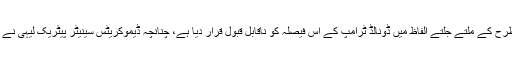
یہ صرف امریکی صدر ہی نہیں بلکہ دیگر اور ماہرین نے بھی اسی طرح کے ملتے جلتے الفاظ میں ڈونالڈ ٹرامپ کے اس فیصلہ کو ناقابل قبول قرار دیا ہے، چنانچہ ڈیموکریٹس سینیٹر پیٹریک لیہی نے کہا ہے کہ ٹرمپ نے یہ اعلان کرکے ایک غلطی کا ارتکاب کیا ہے۔